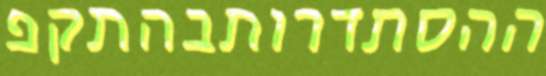
ההסתדרותבהתקפ